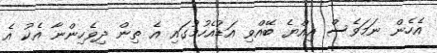
އެހެން ނަމަވެސް އިއްޔެ ބޭއްވި އަޑުއެހުމުގައި އެ ތިން ދިވެހިންނާ އެކު އެ